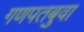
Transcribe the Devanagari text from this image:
गणपतबुवा